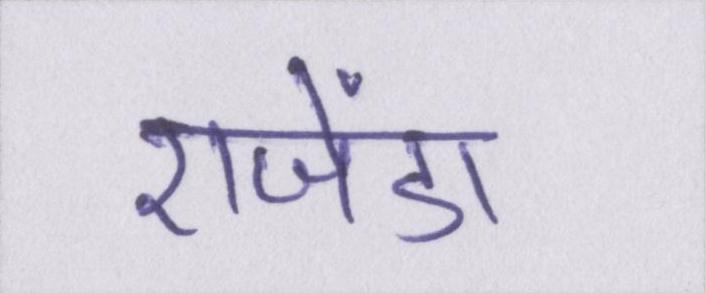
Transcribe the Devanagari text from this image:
एजेंडा